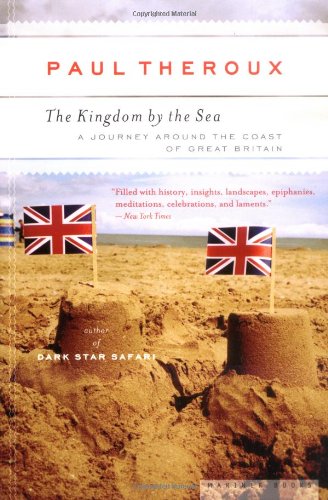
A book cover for The Kingdom by the Sea: A Journey Around the Coast of Great Britain; Paul Theroux; Travel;